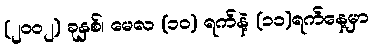
(၂၀၀၂) ခုနှစ်၊ မေလ (၁၀) ရက်နဲ့ (၁၁)ရက်နေ့မှာ